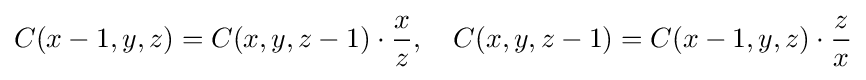
C(x-1,y,z)=C(x,y,z-1)\cdot {\frac {x}{z}},\quad C(x,y,z-1)=C(x-1,y,z)\cdot {\frac {z}{x}}